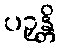
ပဉှန္တိ